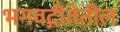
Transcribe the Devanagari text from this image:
भगवद्गीतेतील